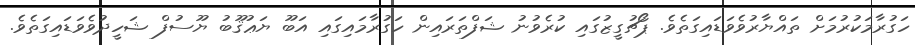
ހަގުރާމަކުރުމަށް ތައްޔާރުވެވަޑައިގަތެވެ. ޕޯޗުގީޒުގައި ކުރެވުނު ޝަފްތަރައިން ހަގުރާމައިގައި އަބޫ ޔަޢުޤޫބު ޔޫސުފް ޝަހީދުވެވަޑައިގަތެވެ.